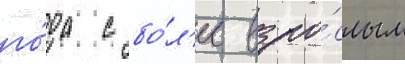
го́да с бо́л'ее взро́слым